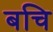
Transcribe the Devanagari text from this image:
बचि